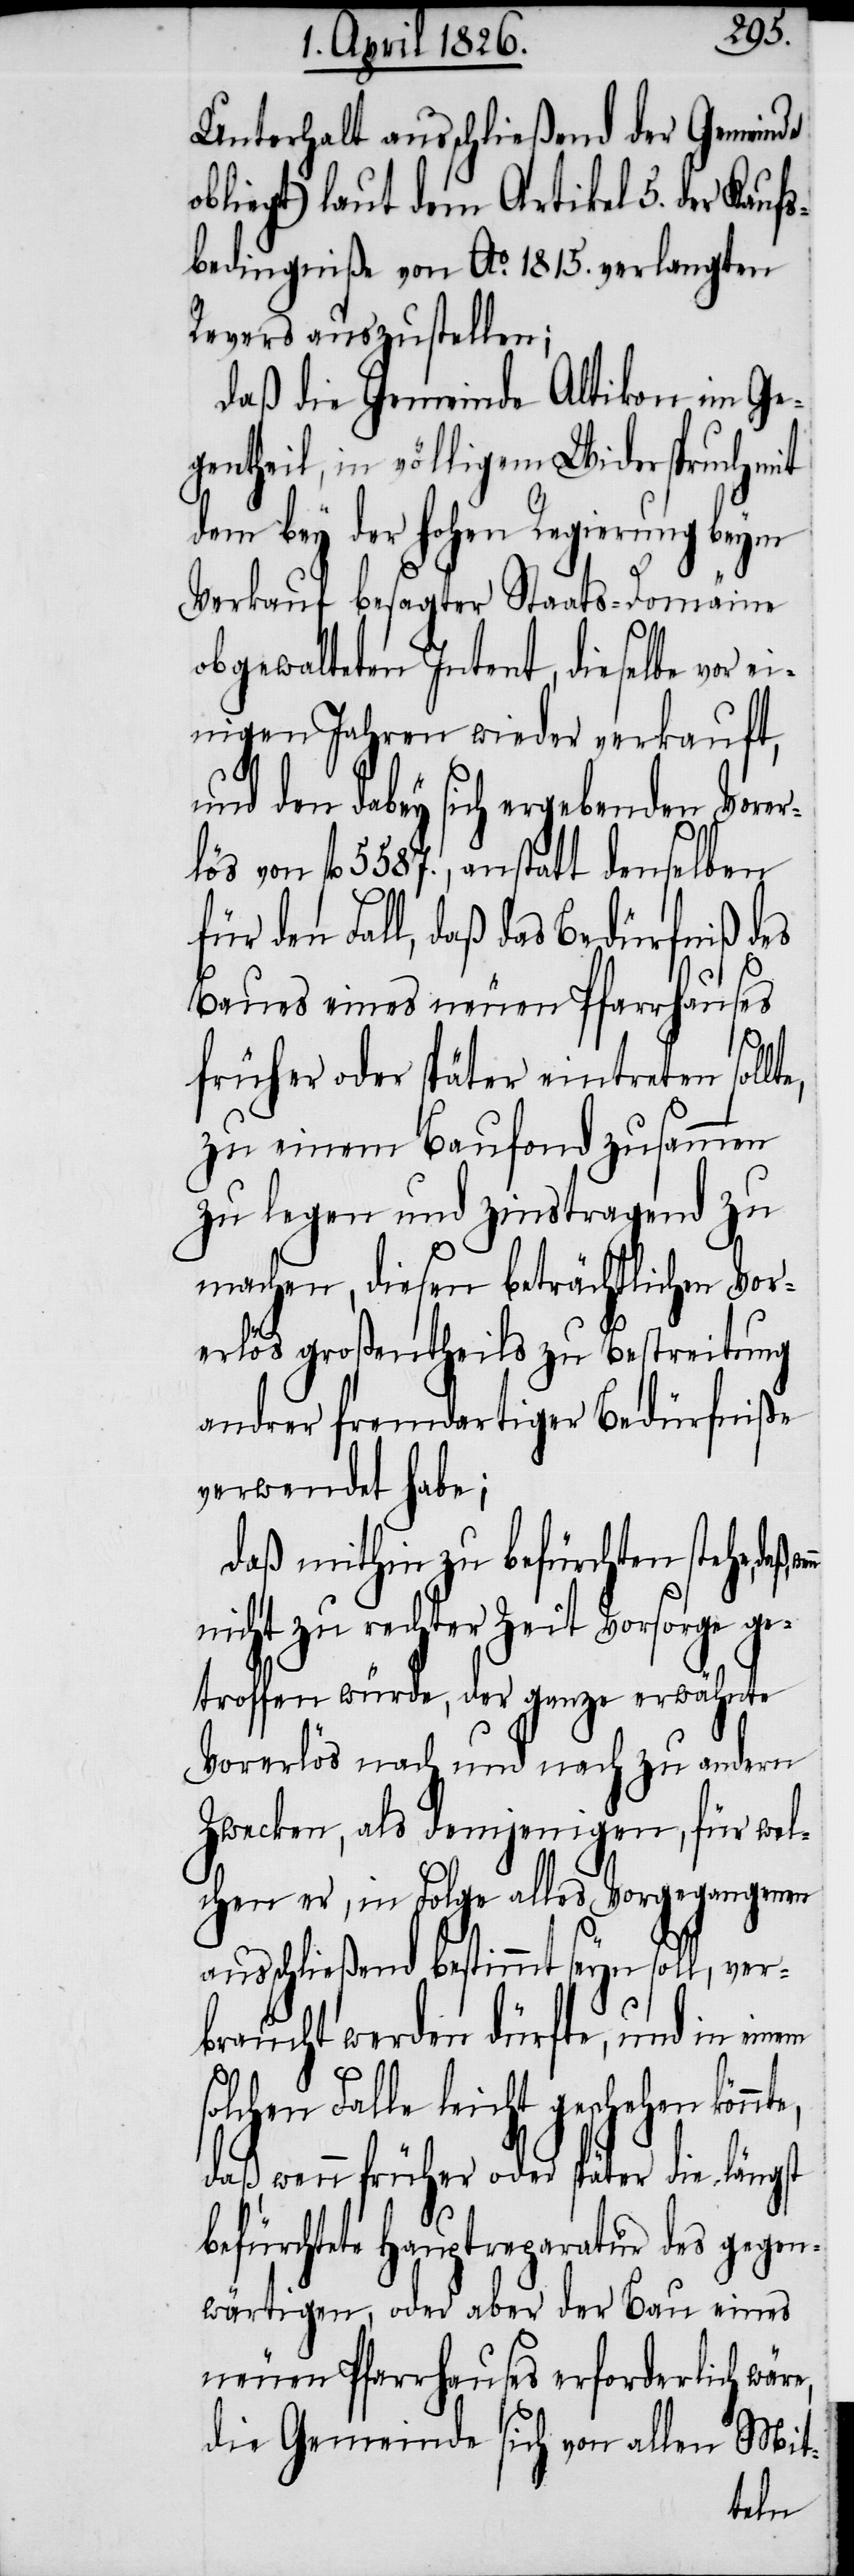
Unterhalt ausschließend der Gemeinde
obliegt) laut dem Artikel 5. der Kaufs¬
bedingniße von Ao. 1815. verlangten
Revers auszustellen;
daß die Gemeinde Altikon im Ge¬
gentheil, in völligem Widerspruch mit
dem bey der hohen Regierung beym
Verkauf besagter Staats-Domäine
obgewalteten Intent, dieselbe vor e¬
inigen Jahren wieder verkauft,
und den dabey sich ergebenden Vorer¬
lös von fl. 5587., anstatt denselben
für den Fall, daß das Bedürfniß des
Baues eines neuen Pfarrhauses
früher oder später eintreten soll¬
zu einem Baufond zusammen
zu legen und zinstragend zu
machen, diesen beträchtlichen Vor¬
erlös großentheils zu Bestreitung
andrer fremdartiger Bedürfniße
verwendet habe;
daß mithin zu befürchten stehe,
nicht zu rechter Zeit Vorsorge ge¬
troffen würde, der ganze erwähnte
Vorerlös nach und nach zu andern
Zwecken, als demjenigen, für wel¬
chen er, in Folge alles Vorgegangenen
ausschließend bestimmt seyn soll, ver¬
braucht werden dürfte, und in einem
solchen Falle leicht geschehen könnte,
daß, wenn früher oder später die längst
befürchtete Hauptreparatur des gegen¬
wärtigen, oder aber der Bau eines
neuen Pfarrhauses erforderlich wäre,
die Gemeinde
von
Mit-
te,